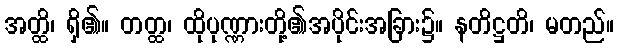
အတ္ထိ၊ ရှိ၏။ တတ္ထ၊ ထိုပုဏ္ဏားတို့၏အပိုင်းအခြား၌။ နတိဋ္ဌတိ၊ မတည်။